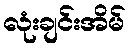
လုံးချင်းအိမ်